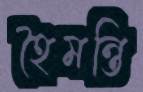
হৈমন্তি